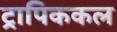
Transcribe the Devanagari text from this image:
ट्रापिककल